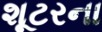
શૂટરના